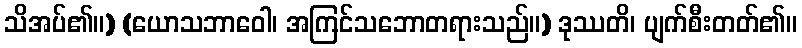
သိအပ်၏။) (ယောသဘာဝေါ၊ အကြင်သဘောတရားသည်။) ဒုဿတိ၊ ပျက်စီးတတ်၏။